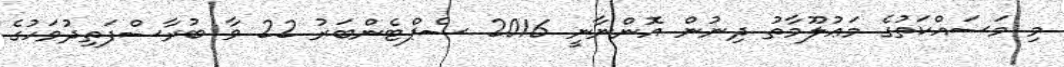
މި މަސައްކަތުގެ މަޢުލޫމާތު ދިނުން އޮންނާނީ 2016 ސެޕްޓެންބަރު 22 ވާ ބުރާސްފަތިދުވަހުގެ